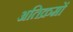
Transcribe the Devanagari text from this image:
अतिक्रमों